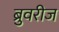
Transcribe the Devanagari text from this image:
ब्रुवरीज